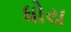
ધોય